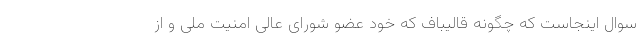
سوال اینجاست که چگونه قالیباف که خود عضو شورای عالی امنیت ملی و از